Lunatic asylums Madras 1892-1911 - 1892-1911
Year: 1892
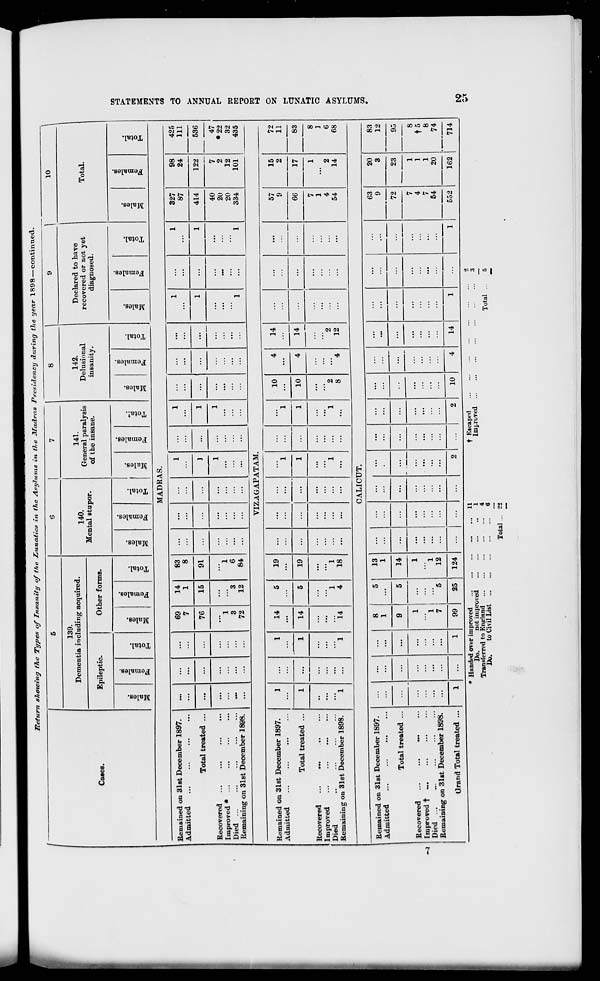
"Return sliowing f7ie Types of Insanity of the Lunatics in the Asylums in the Madras Presidency during the year 1898 — continued.
f
1
6
7
8
1
10
139.
Dementia including acquired.
140.
Mental stupor.
141.
General paralysis
of the insane.
142.
Delusional
insanity.
Declared to have
recovered or not yet
diagnosed.
Total.
Cases.
Epileptic.
Other forms.
CO
©
00
S
o
3
o
EH
■
3
DO
O
3
B
o
"3
o
EH
DO
09
3
DO
O
"3
S
"3
o
oo
,2
co
-3
DO
03
3
S
o
"4
o
EH
co
o
3
3
DO
09
"3
a
0>
3
0
EH
DO
O)
"3
co
O)
3
e
09
fa
3
0
EH
CO
09
3
3
DO
09
"3
a
3
"0
EH
MADRAS.
Remained on 31st December 1897.
Admitted
...
...
...
...
...
69
7
14
1
83
8
...
...
1
1
...
1
1
327
87
98
24
425
111
Total treated ...
...
...
...
76
15
91
...
...
1
1
...
1
...
...
...
1
...
1
414
122
536
47
♦22
32
435
Recovered
Improved * ...
Died
Remaining on 31st December 1898.
...
...
...
1
3
72
3
12
1
6
84
...
...
1
...
...
...
1
...
1
40
20
20
334
7
2
12
101
VIZAGAPATAM.
Remained on 31st December 1897.
Admitted
1
1
14
5
19
...
...
...
1
1
1
10
4
14
...
...
...
57
9
15
2
72
11
Total treated ...
1
...
1
14
5
19
...
...
1
10
4
14
...
...
66
17
83
Recovered
...
...
...
Improved
Died
Remaining on 31st December 1898.
1
...
1
14
1
4
1
18
1
...
1
2
8
"*4
"2
12
...
...
...
7
1
4
54
1
2
14
8
]
6
68
CALICUT.
Remained on 31st December 1897.
Admitted
...
...
8
1
5
13
1
...
...
...
...
...
...
...
63
9
72
20
3
83
12
Total treated ...
...
...
...
9
5
14
...
...
...
...
...
...
23
95
Recovered ...
...
...
Improved t
Died
Remaining on 31st December 1898.
...
...
1
1
7
5
1
1
12
...
...
...
E ... ...
7
4
7
54
1
1
1
20
8
t5
8
74
714
Grand Total treated ...
1
...
1
99
25
124
...
...
...
2
...
2
10
4
14
1
1
552
162
W
GO
-a
o
a
c
to
Cd
'V
O
S3
H
O
SS
t-
a
H
Q
►
«!
f
a
*
CO
* Handed over improved
Do.
not improved
Transferred to England
Do.
to Civil List ...
11
1
4
6
t Rscaped
Imp-ovH.d ...
Total ...
5
Total ... 2*